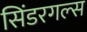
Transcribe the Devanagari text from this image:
सिंडरगल्स